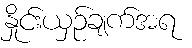
နှိုင်းယှဉ်ချက်အရ